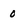
Character: 0